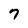
Character: 7